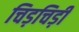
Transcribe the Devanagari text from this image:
चिड़चिड़ी